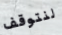
لنتوقف